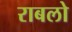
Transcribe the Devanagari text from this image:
राबलो